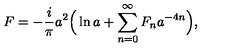
F = - \frac { i } { \pi } a ^ { 2 } \Big ( \ln a + \sum _ { n = 0 } ^ { \infty } F _ { n } a ^ { - 4 n } \Big ) ,